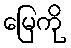
မြေကို